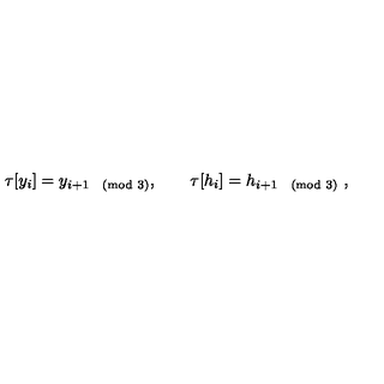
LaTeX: \tau [ y _ { i } ] = y _ { i + 1 \pmod 3 } , \qquad \tau [ h _ { i } ] = h _ { i + 1 \pmod 3 } \ ,